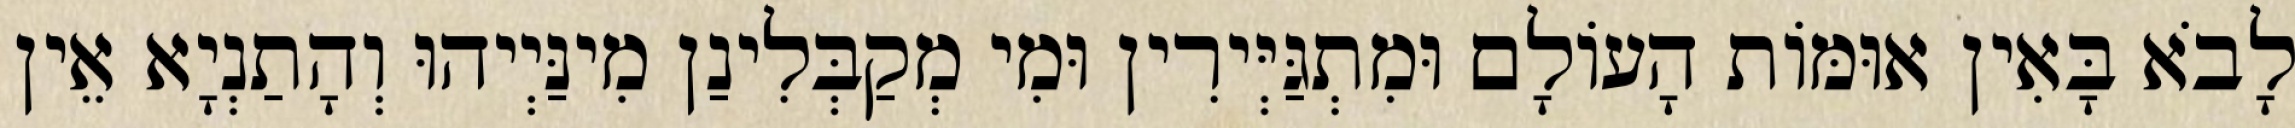
לָבֹא בָּאִין אוּמּוֹת הָעוֹלָם וּמִתְגַּיְּירִין וּמִי מְקַבְּלִינַן מִינַּיְיהוּ וְהָתַנְיָא אֵין